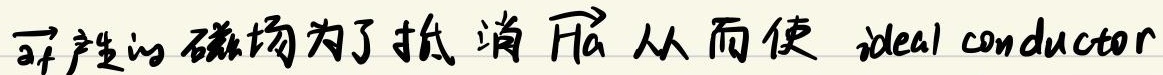
可产生的磁场为了抵消 $\vec{H_a}$ 从而使 ideal conductor